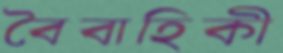
বৈবাহিকী